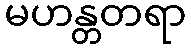
မဟန္တတရာ